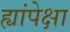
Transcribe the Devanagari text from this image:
ह्यांपेक्षा